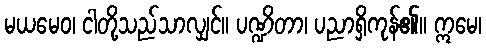
မယမေဝ၊ ငါတို့သည်သာလျှင်။ ပဏ္ဍိတာ၊ ပညာရှိကုန်၏။ ဣမေ၊